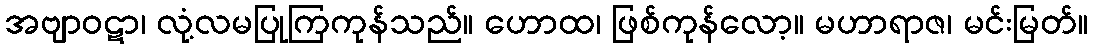
အဗျာဝဋာ၊ လုံ့လမပြုကြကုန်သည်။ ဟောထ၊ ဖြစ်ကုန်လော့။ မဟာရာဇ၊ မင်းမြတ်။